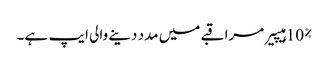
10% ہیپیر مراقبے میں مدد دینے والی ایپ ہے۔